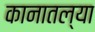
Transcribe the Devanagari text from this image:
कानातल्या